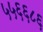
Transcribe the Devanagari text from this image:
५५६६८६